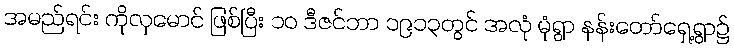
အမည်ရင်း ကိုလှမောင် ဖြစ်ပြီး ၁၀ ဒီဇင်ဘာ ၁၉၁၃တွင် အလုံ မုံရွာ နန်းတော်ရှေ့ရွာ၌